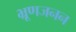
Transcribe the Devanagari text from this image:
भ्रूणजनन